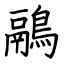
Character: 鷊